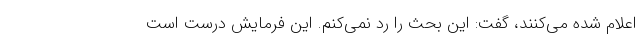
اعلام شده می‌کنند، گفت: این بحث را رد نمی‌کنم. این فرمایش درست است